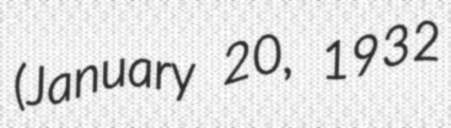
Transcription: (January 20, 1932